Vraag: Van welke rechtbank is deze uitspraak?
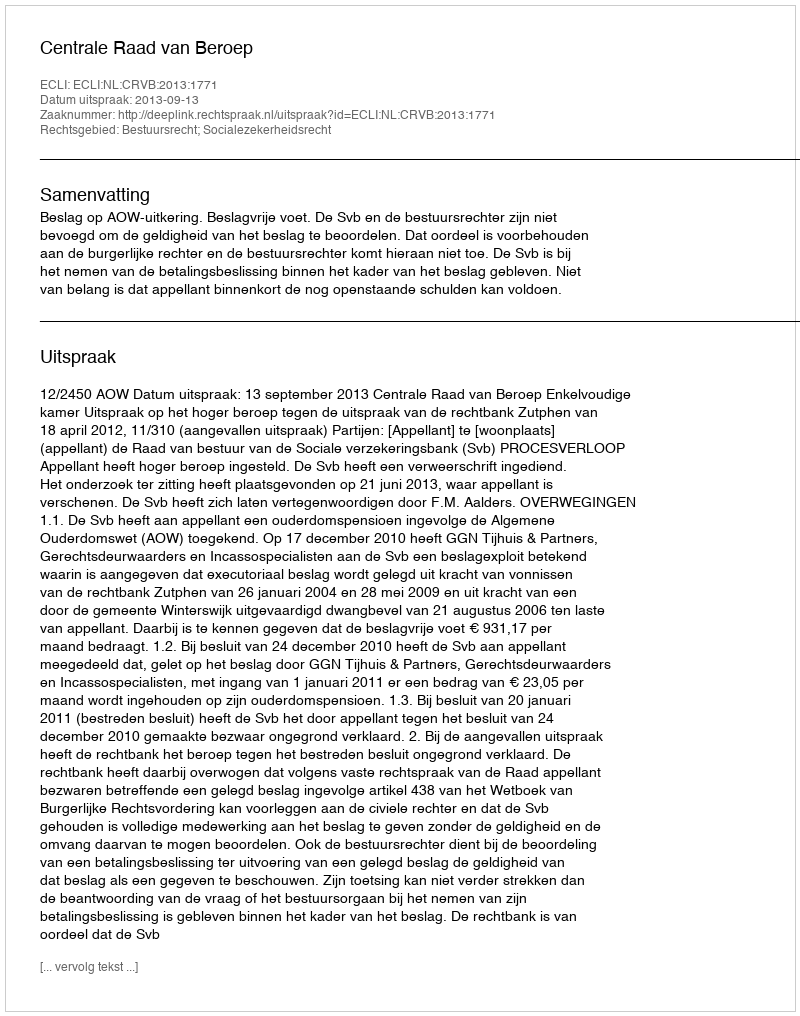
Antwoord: Centrale Raad van Beroep